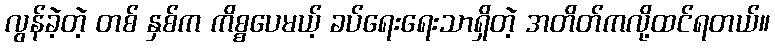
လွန်ခဲ့တဲ့ တစ် နှစ်က ကိစ္စပေမယ့် ခပ်ရေးရေးသာရှိတဲ့ အတိတ်ကလို့ထင်ရတယ်။